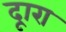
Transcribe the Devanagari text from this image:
दूारा